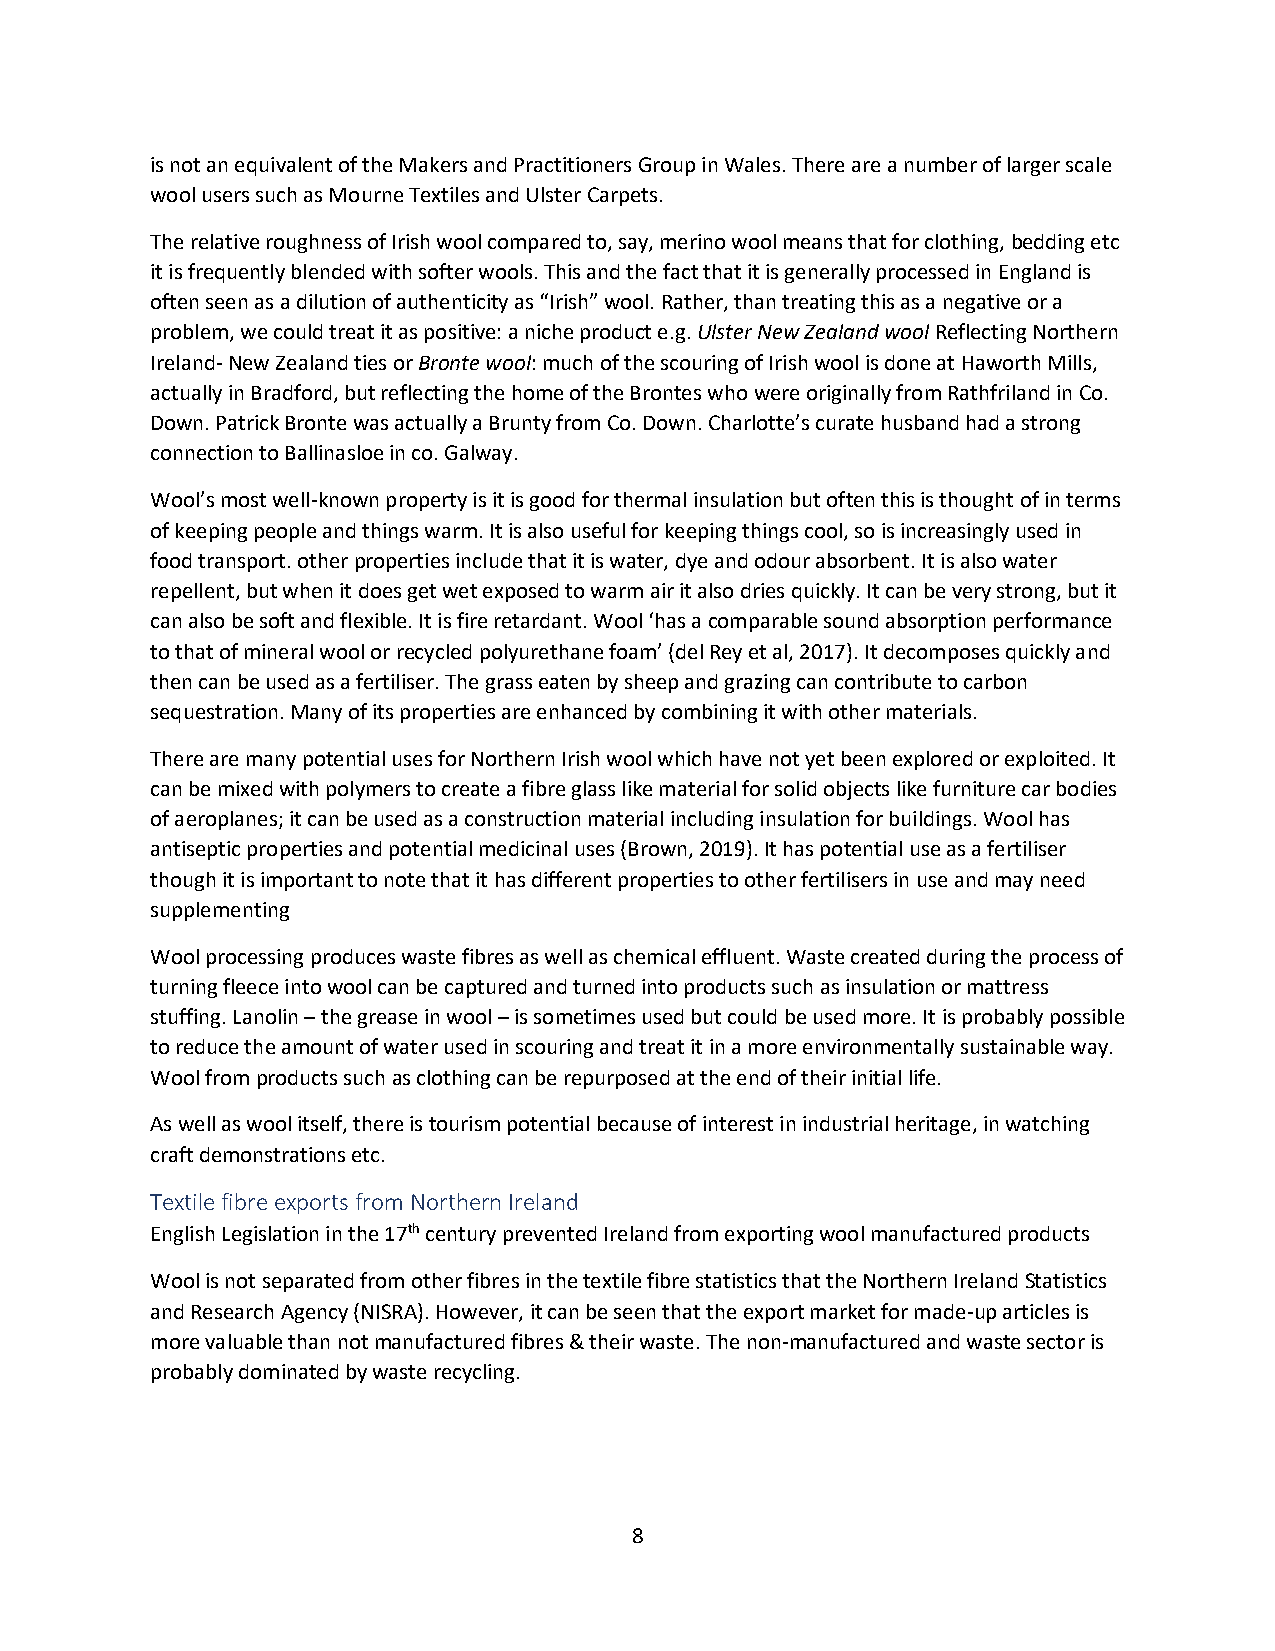
is not an equivalent of the Makers and Practitioners Group in Wales. There are a number of larger scale
 wool users such as Mourne Textiles and Ulster Carpets.
 The relative roughness of Irish wool compared to, say, merino wool means that for clothing, bedding etc
 it is frequently blended with softer wools. This and the fact that it is generally processed in England is
 often seen as a dilution of authenticity as “Irish” wool. Rather, than treating this as a negative or a
 problem, we could treat it as positive: a niche product e.g. Ulster New Zealand wool Reflecting Northern
 Ireland- New Zealand ties or Bronte wool: much of the scouring of Irish wool is done at Haworth Mills,
 actually in Bradford, but reflecting the home of the Brontes who were originally from Rathfriland in Co.
 Down. Patrick Bronte was actually a Brunty from Co. Down. Charlotte’s curate husband had a strong
 connection to Ballinasloe in co. Galway.
 Wool’s most well-known property is it is good for thermal insulation but often this is thought of in terms
 of keeping people and things warm. It is also useful for keeping things cool, so is increasingly used in
 food transport. other properties include that it is water, dye and odour absorbent. It is also water
 repellent, but when it does get wet exposed to warm air it also dries quickly. It can be very strong, but it
 can also be soft and flexible. It is fire retardant. Wool ‘has a comparable sound absorption performance
 to that of mineral wool or recycled polyurethane foam’ (del Rey et al, 2017). It decomposes quickly and
 then can be used as a fertiliser. The grass eaten by sheep and grazing can contribute to carbon
 sequestration. Many of its properties are enhanced by combining it with other materials.
 There are many potential uses for Northern Irish wool which have not yet been explored or exploited. It
 can be mixed with polymers to create a fibre glass like material for solid objects like furniture car bodies
 of aeroplanes; it can be used as a construction material including insulation for buildings. Wool has
 antiseptic properties and potential medicinal uses (Brown, 2019). It has potential use as a fertiliser
 though it is important to note that it has different properties to other fertilisers in use and may need
 supplementing
 Wool processing produces waste fibres as well as chemical effluent. Waste created during the process of
 turning fleece into wool can be captured and turned into products such as insulation or mattress
 stuffing. Lanolin – the grease in wool – is sometimes used but could be used more. It is probably possible
 to reduce the amount of water used in scouring and treat it in a more environmentally sustainable way.
 Wool from products such as clothing can be repurposed at the end of their initial life.
 As well as wool itself, there is tourism potential because of interest in industrial heritage, in watching
 craft demonstrations etc.
 Textile fibre exports from Northern Ireland
 English Legislation in the 17th century prevented Ireland from exporting wool manufactured products
 Wool is not separated from other fibres in the textile fibre statistics that the Northern Ireland Statistics
 and Research Agency (NISRA). However, it can be seen that the export market for made-up articles is
 more valuable than not manufactured fibres & their waste. The non-manufactured and waste sector is
 probably dominated by waste recycling.
 8